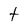
Character: t